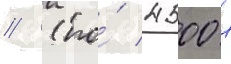
// (по́ 4500 л